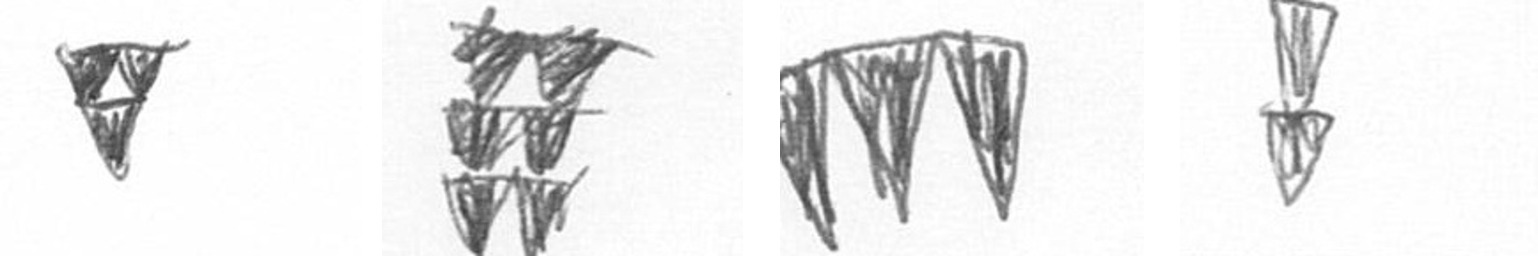
S Y L Z